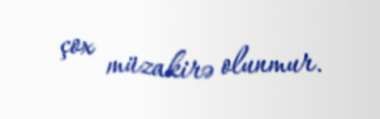
çox müzakirə olunmur.